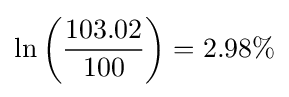
\ln \left({\frac {103.02}{100}}\right)=2.98\%